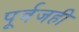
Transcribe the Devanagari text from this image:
पूर्वजही